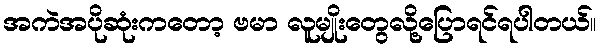
အကဲအပိုဆုံးကတော့ ဗမာ လူမျိုးတွေလို့ပြောရင်ရပါတယ်။